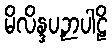
မိလိန္ဒပဉှာပါဠိ